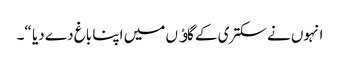
انہوں نے سکتری کے گاﺅں میں اپنا باغ دے دیا “۔